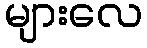
များလေ